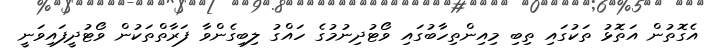
އެގޮތުން އަތޮޅު ތަކުގައި ތިބި މިއިންތިހާބުގައި ވޯޓުދިނުމުގެ ހައްގު ލިބިގެންވާ ފަރާތްތަކުން ވޯޓުދީފައިވަނީ